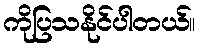
ကိုပြသနိုင်ပါတယ်။